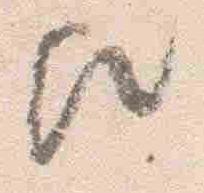
歟